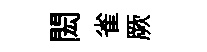
閎雀厥